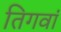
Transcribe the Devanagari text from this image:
तिगवां